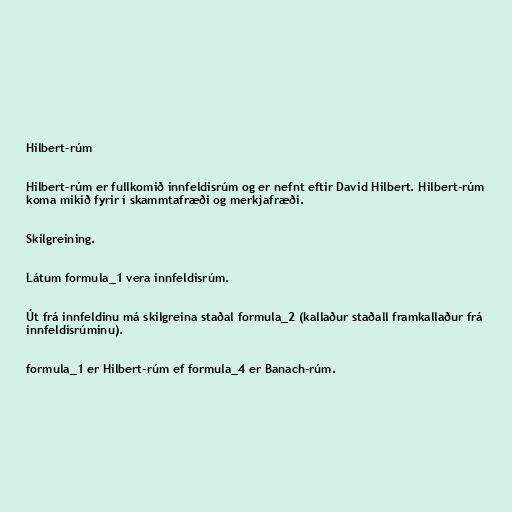
Hilbert-rúm

Hilbert-rúm er fullkomið innfeldisrúm og er nefnt eftir David Hilbert. Hilbert-rúm
koma mikið fyrir í skammtafræði og merkjafræði.

Skilgreining.

Látum formula_1 vera innfeldisrúm.

Út frá innfeldinu má skilgreina staðal formula_2 (kallaður staðall framkallaður frá
innfeldisrúminu).

formula_1 er Hilbert-rúm ef formula_4 er Banach-rúm.